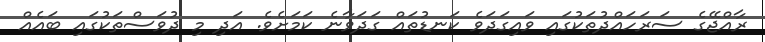
ރާއްޖޭގެ ސަރަހައްދުތަކުގައި ވައިގަދަވެ ކަނޑުތައް ގަދަވާނެ ކަމަށެވެ. އަދި މި ދުވަސްތަކުގައި ބައެއް